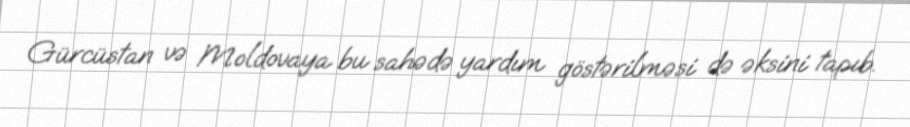
Gürcüstan və Moldovaya bu sahədə yardım göstərilməsi də əksini tapıb.